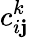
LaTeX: c_{i\mathbf{j}}^{k}